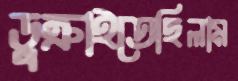
ডুক্‌রাইতেছিলাম